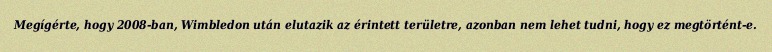
Megígérte, hogy 2008-ban, Wimbledon után elutazik az érintett területre, azonban nem lehet tudni, hogy ez megtörtént-e.